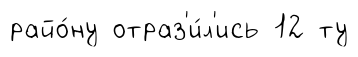
райо́ну отраз'и́л'ись 12 ту